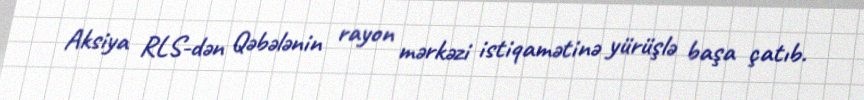
Aksiya RLS-dən Qəbələnin rayon mərkəzi istiqamətinə yürüşlə başa çatıb.